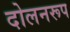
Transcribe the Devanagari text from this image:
दोलनरूप